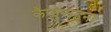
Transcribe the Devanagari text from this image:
कैजुराइना